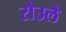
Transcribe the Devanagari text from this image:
रोउले